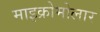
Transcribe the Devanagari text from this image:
माइक्रोमोलार